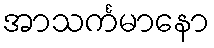
အာသင်္ကမာနော